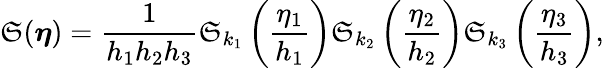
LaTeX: \mathfrak{S}(\boldsymbol\eta)=\frac{{1}}{{h_{1}h_{2}h_{3}}}\mathfrak{S}_{k_{1}}\left(\frac{{\eta_{1}}}{{h_{1}}}\right)\mathfrak{S}_{k_{2}}\left(\frac{{\eta_{2}}}{{h_{2}}}\right)\mathfrak{S}_{k_{3}}\left(\frac{{\eta_{3}}}{{h_{3}}}\right),